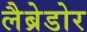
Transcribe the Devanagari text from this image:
लैब्रेडोर